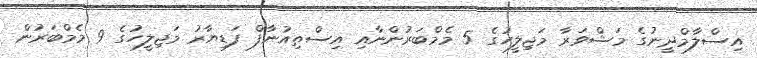
އިސްލާމްދީނުގެ މަޝްވަރާ މަޖިލީހުގެ 5 މެމްބަރުންނާއި އިސްތިއުނާފް ފަޑިޔާރު މަޖިލީހުގެ 9 މެމްބަރުން